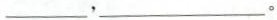
___，___。